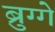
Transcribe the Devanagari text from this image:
ब्रुग्गे